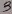
Text: 3